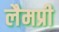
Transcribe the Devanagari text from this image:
लैमप्री